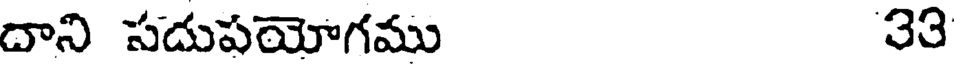
దాని సదుపయోగము 33